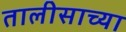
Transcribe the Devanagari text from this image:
तालीसाच्या